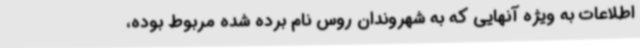
اطلاعات به ویژه آنهایی که به شهروندان روس نام برده شده مربوط بوده،